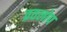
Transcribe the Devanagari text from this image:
व्रतलोप